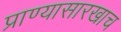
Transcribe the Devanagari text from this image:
प्राण्यासारखाच